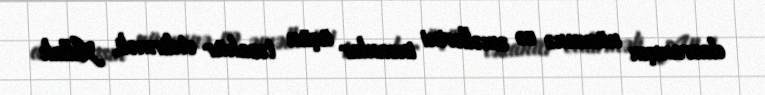
davranışın nümunə və əməllərini insanlar üçün təzahür etdirməli, Allah